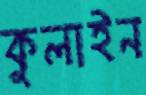
কুলাইন